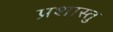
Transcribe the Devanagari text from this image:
प्रशास्तु